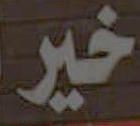
خير